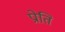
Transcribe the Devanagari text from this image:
प्रोति